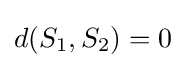
d(S_{1},S_{2})=0